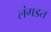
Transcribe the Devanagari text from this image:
लंगडत